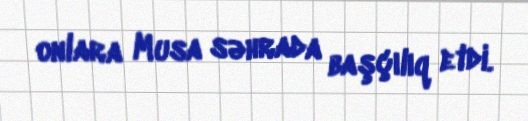
onlara Musa səhrada başçılıq etdi.